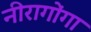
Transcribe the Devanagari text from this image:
नीरागोंगा